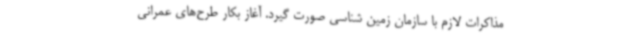
مذاکرات لازم با سازمان زمین شناسی صورت گیرد. آغاز بکار طرح‌های عمرانی